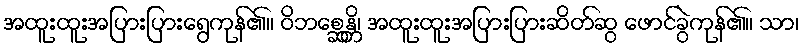
အထူးထူးအပြားပြားရွေကုန်၏။ ဝိဘစ္ဆေန္တိ၊ အထူးထူးအပြားပြားဆိတ်ဆွ ဖောင်ခွဲကုန်၏။ သာ၊